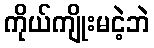
ကိုယ်ကျိုးမငဲ့ဘဲ